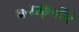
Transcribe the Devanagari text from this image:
घनाकृतींचे